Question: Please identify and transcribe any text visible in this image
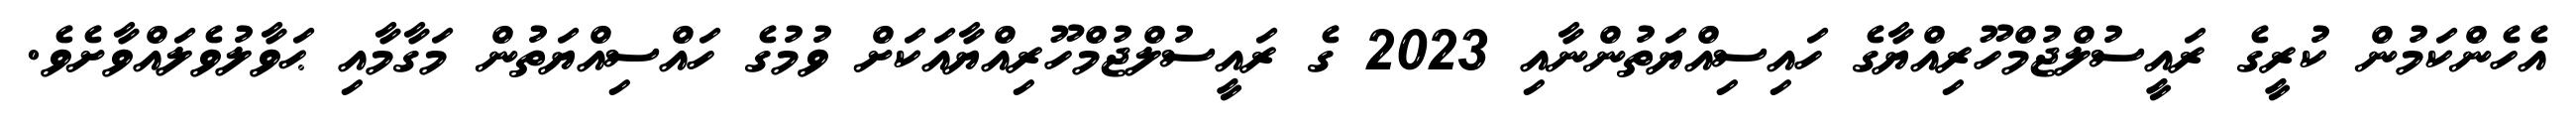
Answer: އެހެންކަމުން ކުރީގެ ރައީސުލްޖުމްހޫރިއްޔާގެ ހައިސިއްޔަތުންނާއި 2023 ގެ ރައީސުލްޖުމްހޫރިއްޔާއަކަށް ވުމުގެ ހައްސިއްޔަތުން މަގާމާއި ޙަވާލުވެލައްވާށެވެ.